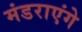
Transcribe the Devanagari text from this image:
मंडराएंगे